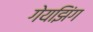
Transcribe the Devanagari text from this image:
गेयझिंग